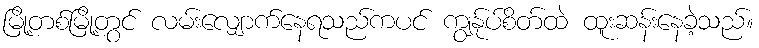
မြို့တစ်မြို့တွင် လမ်းလျှောက်နေရသည်ကပင် ကျွန်ုပ်စိတ်ထဲ ထူးဆန်းနေခဲ့သည်။